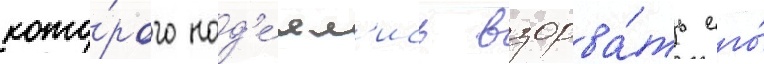
кото́рого над'е́ял'ись взорва́ть его́